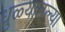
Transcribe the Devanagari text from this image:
धुळ्यातल्या